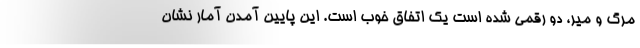
مرگ و میر، دو رقمی شده است یک اتفاق خوب است. این پایین آمدن آمار نشان